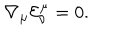
{ \nabla _ { \mu } } { { \mathcal { E } } _ { \nu } ^ { \mu } } = 0 .